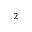
^ 2